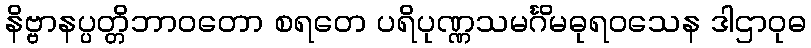
နိဗ္ဗာနပ္ပတ္တိဘာဝတော စရတေ ပရိပုဏ္ဏသမင်္ဂိမဓုရဝသေန ဒါဌာဝုဓ